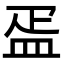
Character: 㿿